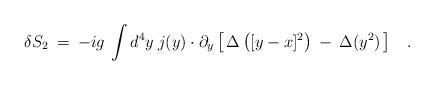
LaTeX: \begin{align*}\delta S_2 \> = \> -i g \> \int d^4 y \> j(y) \cdot \partial_y\left[ \, \Delta \left ([y-x]^2 \right ) \> - \> \Delta(y^2) \, \right ]\;\;\;.\end{align*}